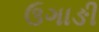
ઉગાઙી